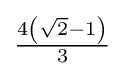
\textstyle {\frac {4\left({\sqrt {2}}-1\right)}{3}}